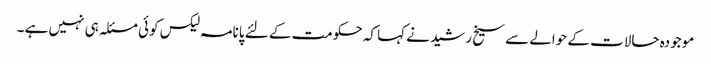
موجودہ حالات کے حوالے سے سیخ رشید نے کہا کہ حکومت کے لئے پانامہ لیکس کوئی مسئلہ ہی نہیں ہے ۔